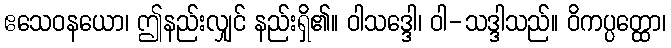
ဧသေဝနယော၊ ဤနည်းလျှင် နည်းရှိ၏။ ဝါသဒ္ဒေါ၊ ဝါ-သဒ္ဒါသည်။ ဝိကပ္ပတ္ထော၊